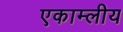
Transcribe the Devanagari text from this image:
एकाम्लीय